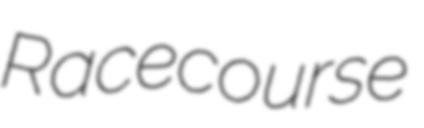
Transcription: Racecourse